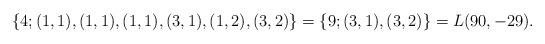
LaTeX: \begin{align*}\{4;(1,1),(1,1),(1,1),(3,1),(1,2),(3,2)\} = \{9;(3,1),(3,2)\} = L(90,-29).\end{align*}